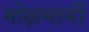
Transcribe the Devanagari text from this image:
मोक्षमार्गी